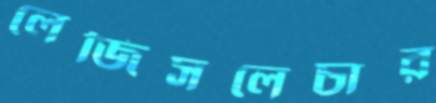
লেজিসলেচার